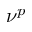
\nu ^ { p }